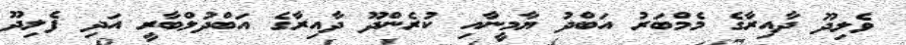
ވެލިދޫ ދާއިރާގެ މެމްބަރު އަބްދު ޔާމީނާއި ކުރެންދޫ ދާއިރާގެ އަބްދުލްބާރީ އަދި ފެލިދޫ